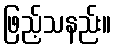
ဖြည့်သနည်း။